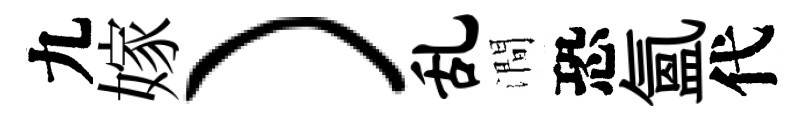
九嫁）乱澗恐氳代